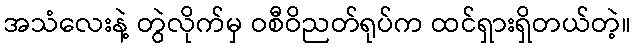
အသံလေးနဲ့ တွဲလိုက်မှ ဝစီဝိညတ်ရုပ်က ထင်ရှားရှိတယ်တဲ့။